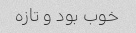
خوب بود و تازه